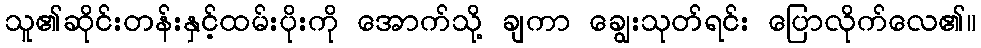
သူ၏ဆိုင်းတန်းနှင့်ထမ်းပိုးကို အောက်သို့ ချကာ ချွေးသုတ်ရင်း ပြောလိုက်လေ၏။